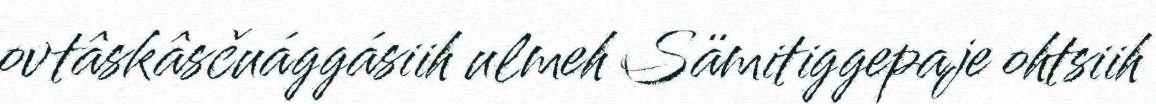
ovtâskâsčuággásiih ulmeh Sämitiggepaje ohtsiih